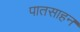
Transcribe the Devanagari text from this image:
पातसाहन